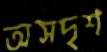
অসদৃশ